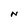
Character: N